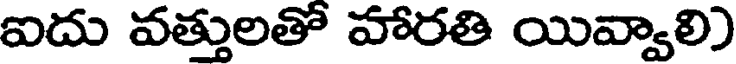
ఐదు వత్తులతో హారతి యివ్వాలి)